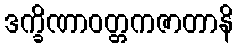
ဒက္ခိဏာဝတ္တကဇာတာနိ